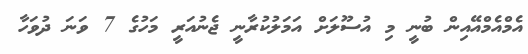
އެމްއެމްއޭއިން ބުނީ މި އުސޫލަށް އަމަލުކުރާނީ ޖެނުއަރީ މަހުގެ 7 ވަނަ ދުވަހާ